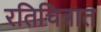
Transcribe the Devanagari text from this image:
रतिचित्रात